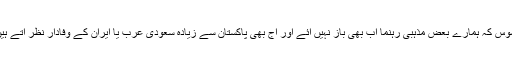
افسوس کہ ہمارے بعض مذہبی رہنما اب بھی باز نہیں آئے اور آج بھی پاکستان سے زیادہ سعودی عرب یا ایران کے وفادار نظر آتے ہیں ۔